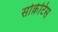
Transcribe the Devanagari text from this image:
सोक्रेटिस